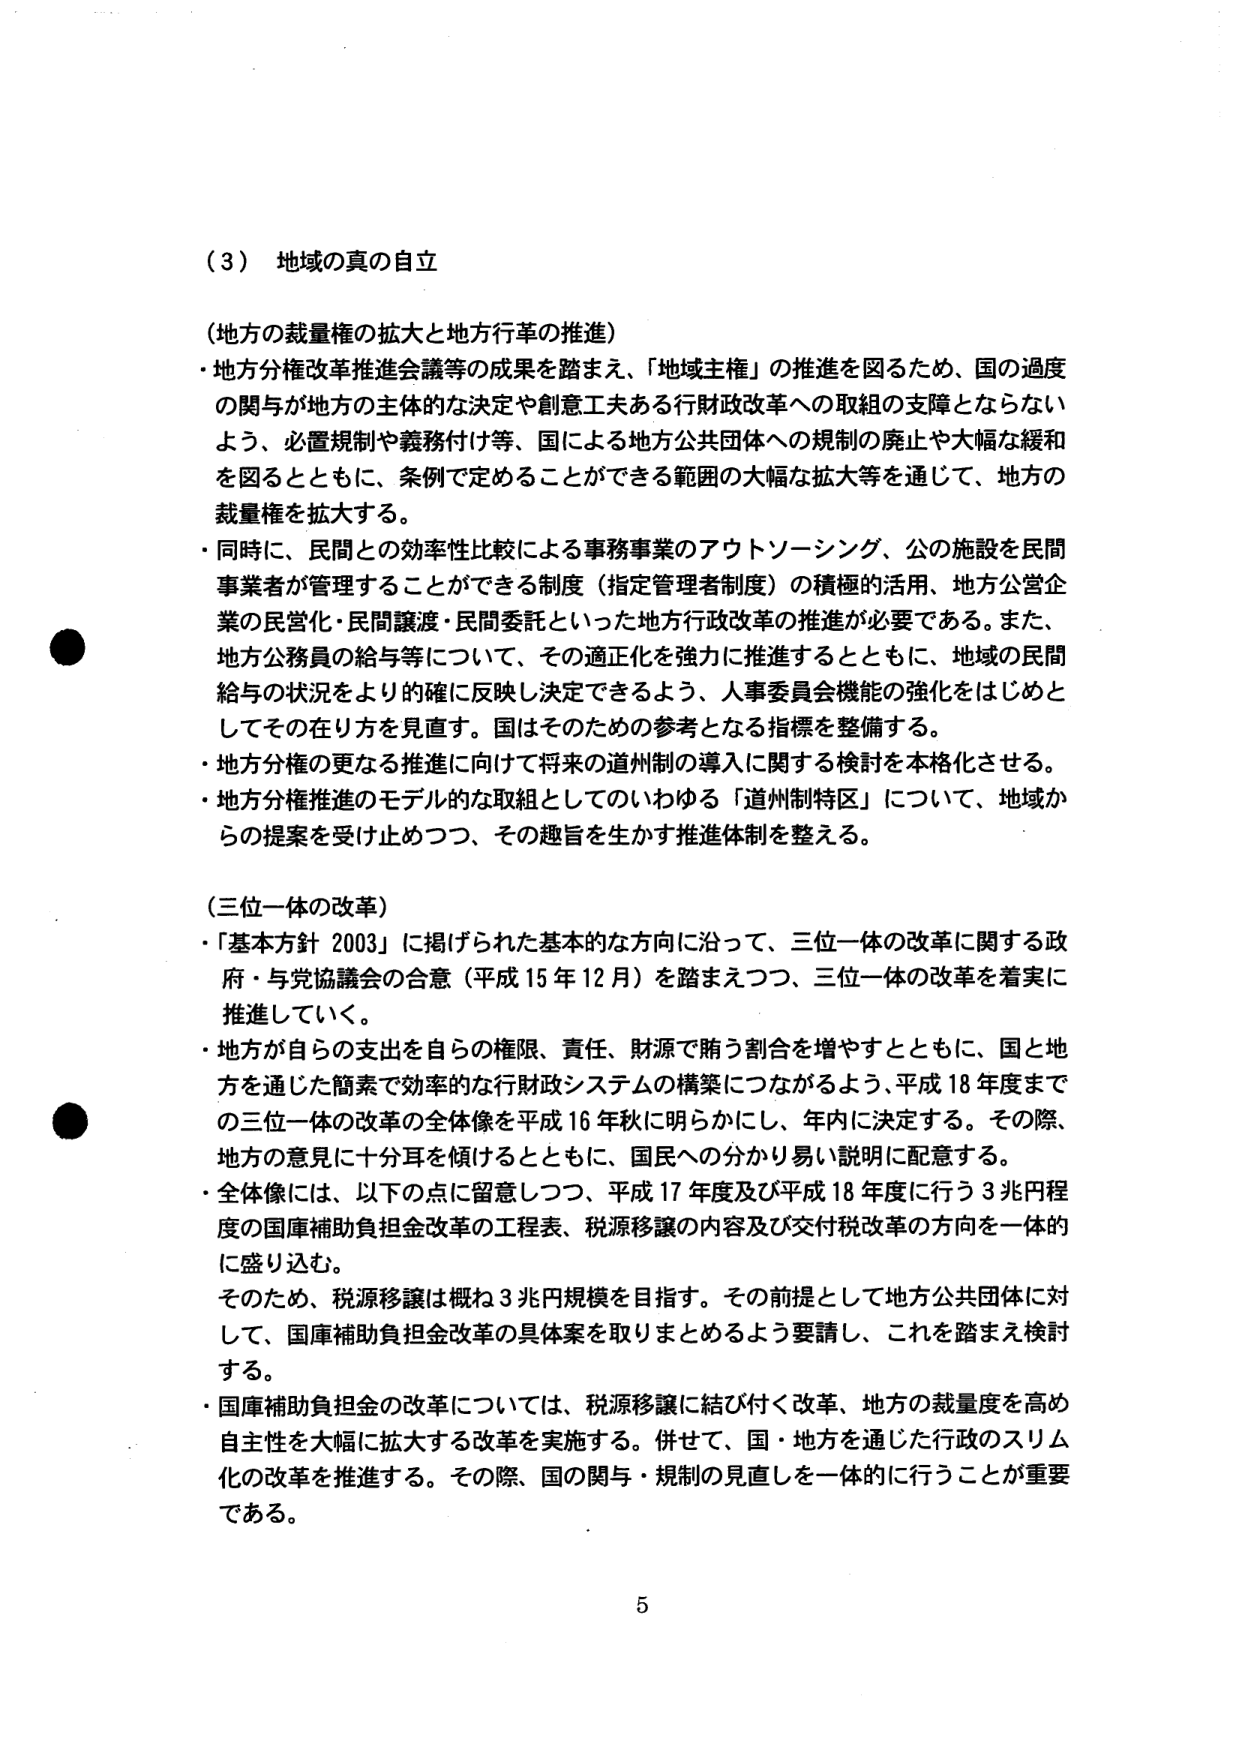
（３）地域の真の自立

（地方の裁量権の拡大と地方行革の推進）
・地方分権改革推進会議等の成果を踏まえ、「地域主権」の推進を図るため、国の過度の関与が地方の主体的な決定や創意工夫ある行財政改革への取組の支障とならないよう、必要規制や義務付け等、国による地方公共団体への規制の廃止や大幅な緩和を図るとともに、条例で定めることができる範囲の大幅な拡大等を通じて、地方の裁量権を拡大する。
・同時に、民間との効率性比較による事務事業のアウトソーシング、公の施設を民間事業者が管理することができる制度（指定管理者制度）の積極的活用、地方公営企業の民営化・民間譲渡・民間委託といった地方行政改革の推進が必要である。また、地方公務員の給与等について、その適正化を強力に推進するとともに、地域の民間給与の状況をより的確に反映し決定できるよう、人事委員会機能の強化をはじめとしてその在り方を見直す。国はそのための参考となる指標を整備する。
・地方分権の更なる推進に向けて将来の道州制の導入に関する検討を本格化させる。
・地方分権推進のモデル的な取組としてのいわゆる「道州制特区」について、地域からの提案を受け止めつつ、その趣旨を生かす推進体制を整える。

（三位一体の改革）
・「基本方針 2003」に掲げられた基本的な方向に沿って、三位一体の改革に関する政府・与党協議会の合意（平成15年12月）を踏まえつつ、三位一体の改革を着実に推進していく。
・地方が自らの支出を自らの権限、責任、財源で賄う割合を増やすとともに、国と地方を通じた簡素で効率的な行財政システムの構築につながるよう、平成18年度までの三位一体の改革の全体像を平成16年秋に明らかにし、年内に決定する。その際、地方の意見に十分耳を傾けるとともに、国民への分かり易い説明に配意する。
・全体像には、以下の点に留意しつつ、平成17年度及び平成18年度に行う3兆円程度の国庫補助負担金改革の工程表、税源移譲の内容及び交付税改革の方向を一体的に盛り込む。
そのため、税源移譲は概ね3兆円規模を目指す。その前提として地方公共団体に対して、国庫補助負担金改革の具体案を取りまとめるよう要請し、これを踏まえ検討する。
・国庫補助負担金の改革については、税源移譲に結び付く改革、地方の裁量度を高め自主性を大幅に拡大する改革を実施する。併せて、国・地方を通じた行政のスリム化の改革を推進する。その際、国の関与・規制の見直しを一体的に行うことが重要である。

5